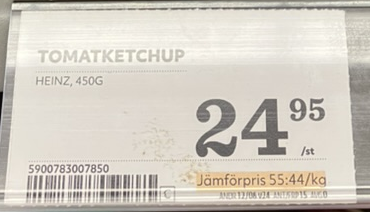
Vara: Tomatketchup
Genomsnittspris: 55.44 per kg